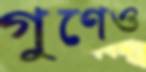
গুণেও